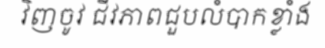
វិញចូវ ជីវភាពជួបលំបាកខ្លាំង